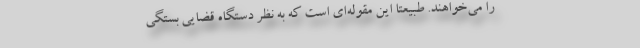
را می‌خواهند. طبیعتاً این مقوله‌ای است که به نظر دستگاه قضایی بستگی